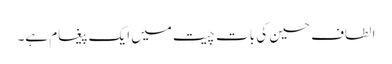
الطاف حسین کی بات چیت میں ایک پیغام ہے۔